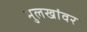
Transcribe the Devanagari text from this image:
मुलखांवर